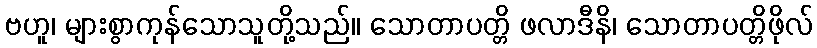
ဗဟူ၊ များစွာကုန်သောသူတို့သည်။ သောတာပတ္တိ ဖလာဒီနိ၊ သောတာပတ္တိဖိုလ်